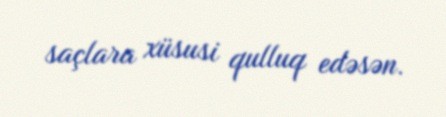
saçlara xüsusi qulluq edəsən.